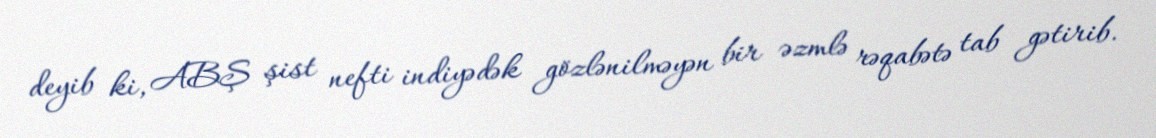
deyib ki, ABŞ şist nefti indiyədək gözlənilməyən bir əzmlə rəqabətə tab gətirib.